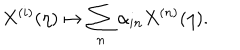
X ^ { ( i ) } ( \eta ) \mapsto \sum _ { n } \alpha _ { i n } X ^ { ( n ) } ( \eta ) .